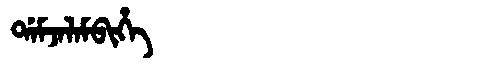
Manchu: ᡩᠠᠮᠵᠠᠯᠠᠮᠪᡳᡥᡝ
Romanization: DAMJALAMBIHE